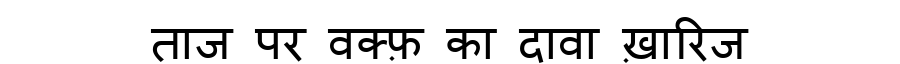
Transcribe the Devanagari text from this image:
ताज पर वक्फ़ का दावा ख़ारिज